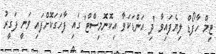
ޓިމް ހާފޯޑް ލިޔެފައިވާ 'ދި އަންޑަކަވާ އިކޮނޮމިސްޓް' ގައި ފާހަގަކޮށްފައި ވަނީ ފަގީރު